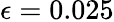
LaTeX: \epsilon=0.025